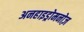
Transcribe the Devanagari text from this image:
अनहाइड्रोमनोज़